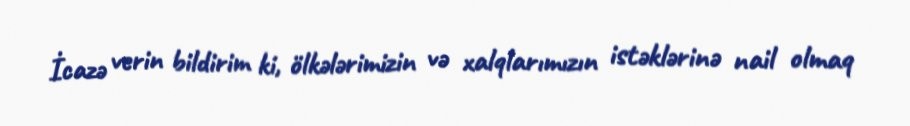
İcazə verin bildirim ki, ölkələrimizin və xalqlarımızın istəklərinə nail olmaq